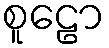
စူဠော